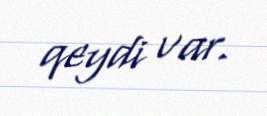
qeydi var.